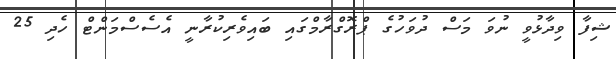
ޝިފާ ވިދާޅުވީ ނުވަ މަސް ދުވަހުގެ ޕްރޮގްރާމްގައި ބައިވެރިކުރާނީ އެސެސްމަންޓް ހެދި 25